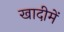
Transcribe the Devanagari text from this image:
खादीमें